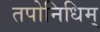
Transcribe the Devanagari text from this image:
तपोनिधिम्